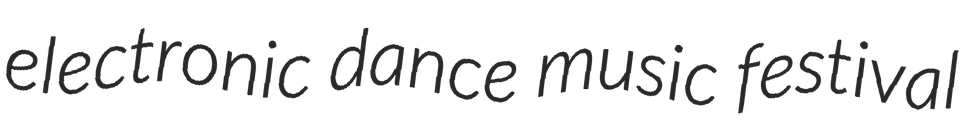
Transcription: electronic dance music festival